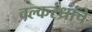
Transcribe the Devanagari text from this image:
वल्करंध्रांचे